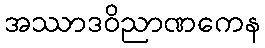
အဿာဒဝိညာဏကေန